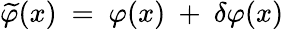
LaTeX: \widetilde\varphi(x)~=~\varphi(x)~+~\delta\varphi(x)